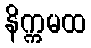
နိက္ကမထ